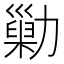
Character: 𠢶